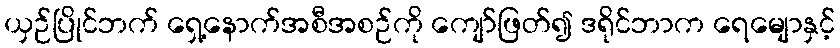
ယှဉ်ပြိုင်ဘက် ရှေ့နောက်အစီအစဉ်ကို ကျော်ဖြတ်၍ ဒရိုင်ဘာက ရေမျောနှင့်